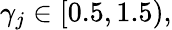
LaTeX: \gamma_{j}\in[0.5,1.5),